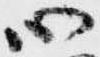
心